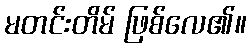
မတင်းတိမ် ဖြစ်လေ၏။